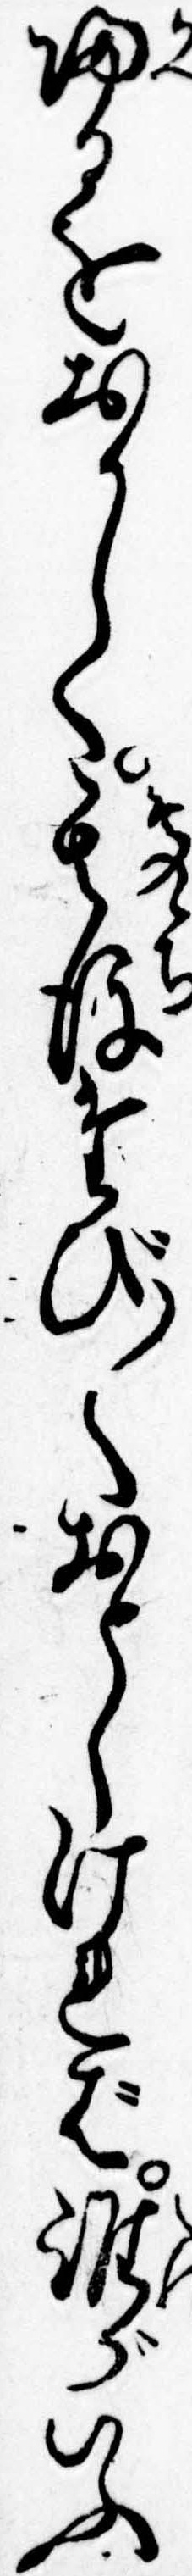
帰るをおかしく其後たび〱おとしければ誰がいふ